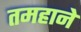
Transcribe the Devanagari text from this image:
तमहाने